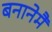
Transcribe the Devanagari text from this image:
बनानेमैं